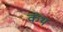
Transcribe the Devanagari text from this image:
कंथ